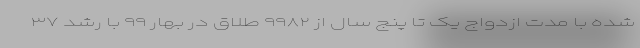
شده با مدت ازدواج یک تا پنج سال از ۹۹۸۲ طلاق در بهار ۹۹ با رشد ۳۷